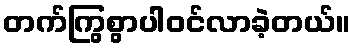
တက်ကြွစွာပါဝင်လာခဲ့တယ်။